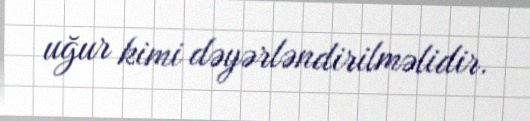
uğur kimi dəyərləndirilməlidir.